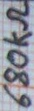
Text: 680KΩ